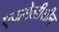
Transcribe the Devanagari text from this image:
एजमेलीसीन